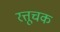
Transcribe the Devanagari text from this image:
रत्तूचक